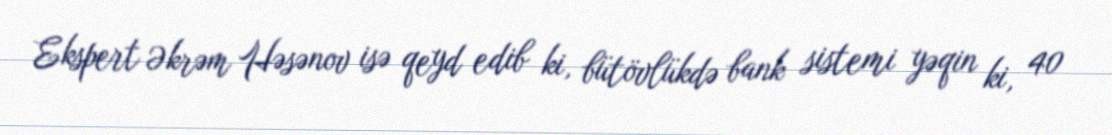
Ekspert Əkrəm Həsənov isə qeyd edib ki, bütövlükdə bank sistemi yəqin ki, 40